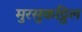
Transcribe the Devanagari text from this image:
मुरसुकट्टिल